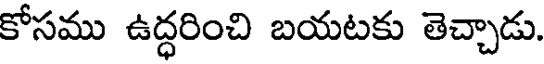
కోసము ఉద్ధరించి బయటకు తెచ్చాడు.